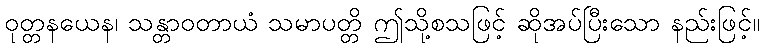
ဝုတ္တနယေန၊ သန္တာဝတာယံ သမာပတ္တိ ဤသို့စသဖြင့် ဆိုအပ်ပြီးသော နည်းဖြင့်။